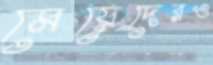
মেয়েদেরও